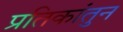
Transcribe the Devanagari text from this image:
प्रतिकांतुन